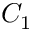
C _ { 1 }